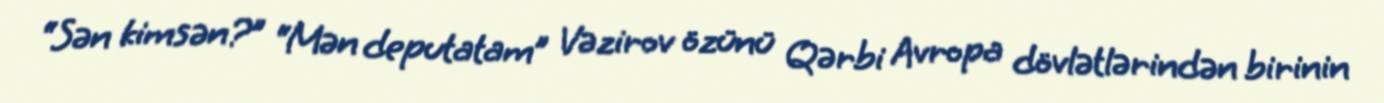
“Sən kimsən?” “Mən deputatam” Vəzirov özünü Qərbi Avropa dövlətlərindən birinin